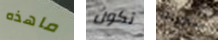
ماهذه تكون سكرانا